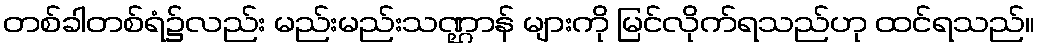
တစ်ခါတစ်ရံ၌လည်း မည်းမည်းသဏ္ဌာန် များကို မြင်လိုက်ရသည်ဟု ထင်ရသည်။